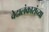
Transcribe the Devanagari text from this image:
वेदालंकारांच्या